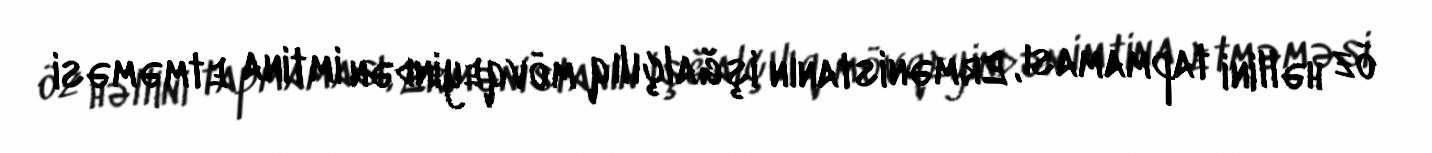
öz həllini tapmaması, Ermənistanın işğalçılıq mövqeyindən imtina etməməsi